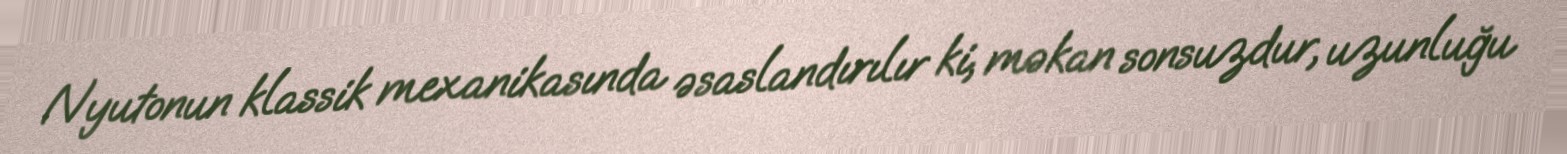
Nyutonun klassik mexanikasında əsaslandırılır ki, məkan sonsuzdur, uzunluğu